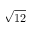
\sqrt { 1 2 }